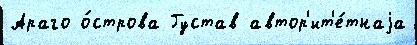
Араго о́строва Густав автор'ит'е́тнаjа